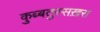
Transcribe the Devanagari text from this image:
कुब्बतुस्सख़रा